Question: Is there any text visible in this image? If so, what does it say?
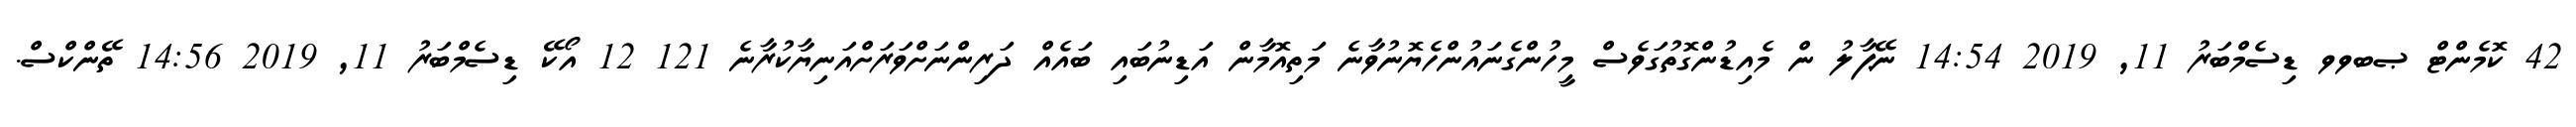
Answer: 42 ކޮމެންޓް ޞބވވ ޑިސެމްބަރު 11, 2019 14:54 ނޭޕާލު ން މެއިޑުންގޮތުގަވެސް މީހުންގެނައުންހެޔޮނުވާނެ މަތިއޮމާން އަޑިނުބައި ބައެއް ދަރިންނަށްވަރަށްއަނިޔާކުރާނެ 121 12 އޯކޭ ޑިސެމްބަރު 11, 2019 14:56 ތޭންކްސް.